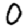
Digit: 0